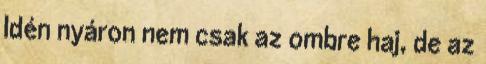
Idén nyáron nem csak az ombre haj, de az